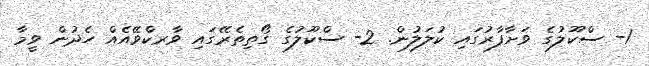
1- ސްކޫލުގެ ވަށާފާރުގައި ކުލަލުން. 2- ސްކޫލުގެ ގޯތިތެރޭގައި ވާރކްވޭއެއް ހެދުން ވީމާ